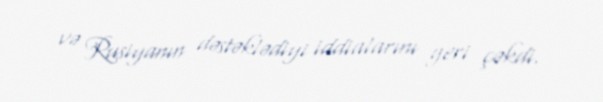
və Rusiyanın dəstəklədiyi iddialarını geri çəkdi.